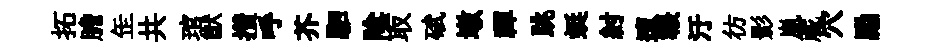
拓膽𦈢共琯猷攢呼芥駟隂取碔墩禪跳蜓紂邅韔汙彷影嵐蕆穴勵